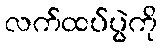
လက်ထပ်ပွဲကို